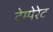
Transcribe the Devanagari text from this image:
टेम्पेरेट